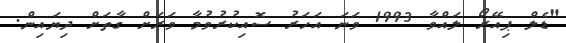
"ޑެލް ޕިއޭރޯ ލައްވާ 1993 ވަނަ އަހަރު ސޮއިކުރުވުމާ ވަރަށް ގާތަށް ދިޔައިން.